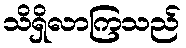
သိရှိလာကြသည်